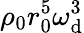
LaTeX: \rho_{0}r_{0}^{5}\omega_{\mathrm{d}}^{3}